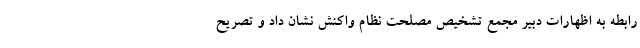
رابطه به اظهارات دبیر مجمع تشخیص مصلحت نظام واکنش نشان داد و تصریح